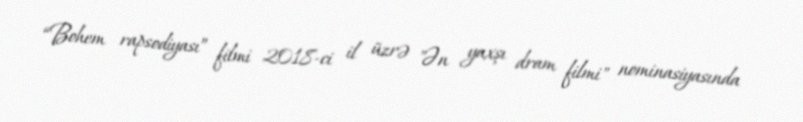
“Bohem rapsodiyası” filmi 2018-ci il üzrə "Ən yaxşı dram filmi" nominasiyasında